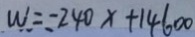
W = - 2 4 0 x + 1 4 6 0 0